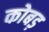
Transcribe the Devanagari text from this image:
कोबड़